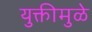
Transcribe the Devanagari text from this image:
युक्तीमुळे